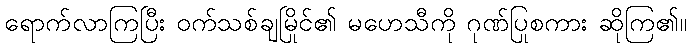
ရောက်လာကြပြီး ဝက်သစ်ချမြိုင်၏ မဟေသီကို ဂုဏ်ပြုစကား ဆိုကြ၏။